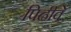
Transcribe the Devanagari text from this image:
पिढीवे